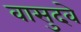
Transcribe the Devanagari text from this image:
वासुदवे